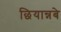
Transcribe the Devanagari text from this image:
छियान्नबे